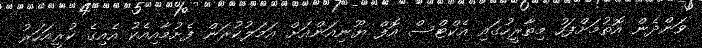
ވަންދެން އޮތުމަށްފަހު މިތާރީހުގައި އެކްޓްސް އޮފް ޔޫނިއަންއަށް އަމަލުކުރަން ފެށުމާއިއެކު އެއިގެ ކުރީއަހަރު